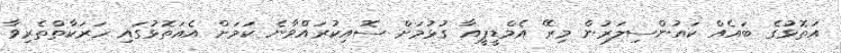
އަތޮޅުގެ ބައެއް ކައުންސިލަރުން މިރޭ އެމްޑީޕީއާ ގުޅުމަށް ސޮއިކުރައްވާނެ ކަމަށް އެއަތޮޅުގައި ހަރަކާތްތެރިވާ